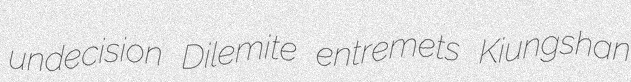
undecision Dilemite entremets Kiungshan